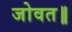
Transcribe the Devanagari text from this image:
जोवत॥